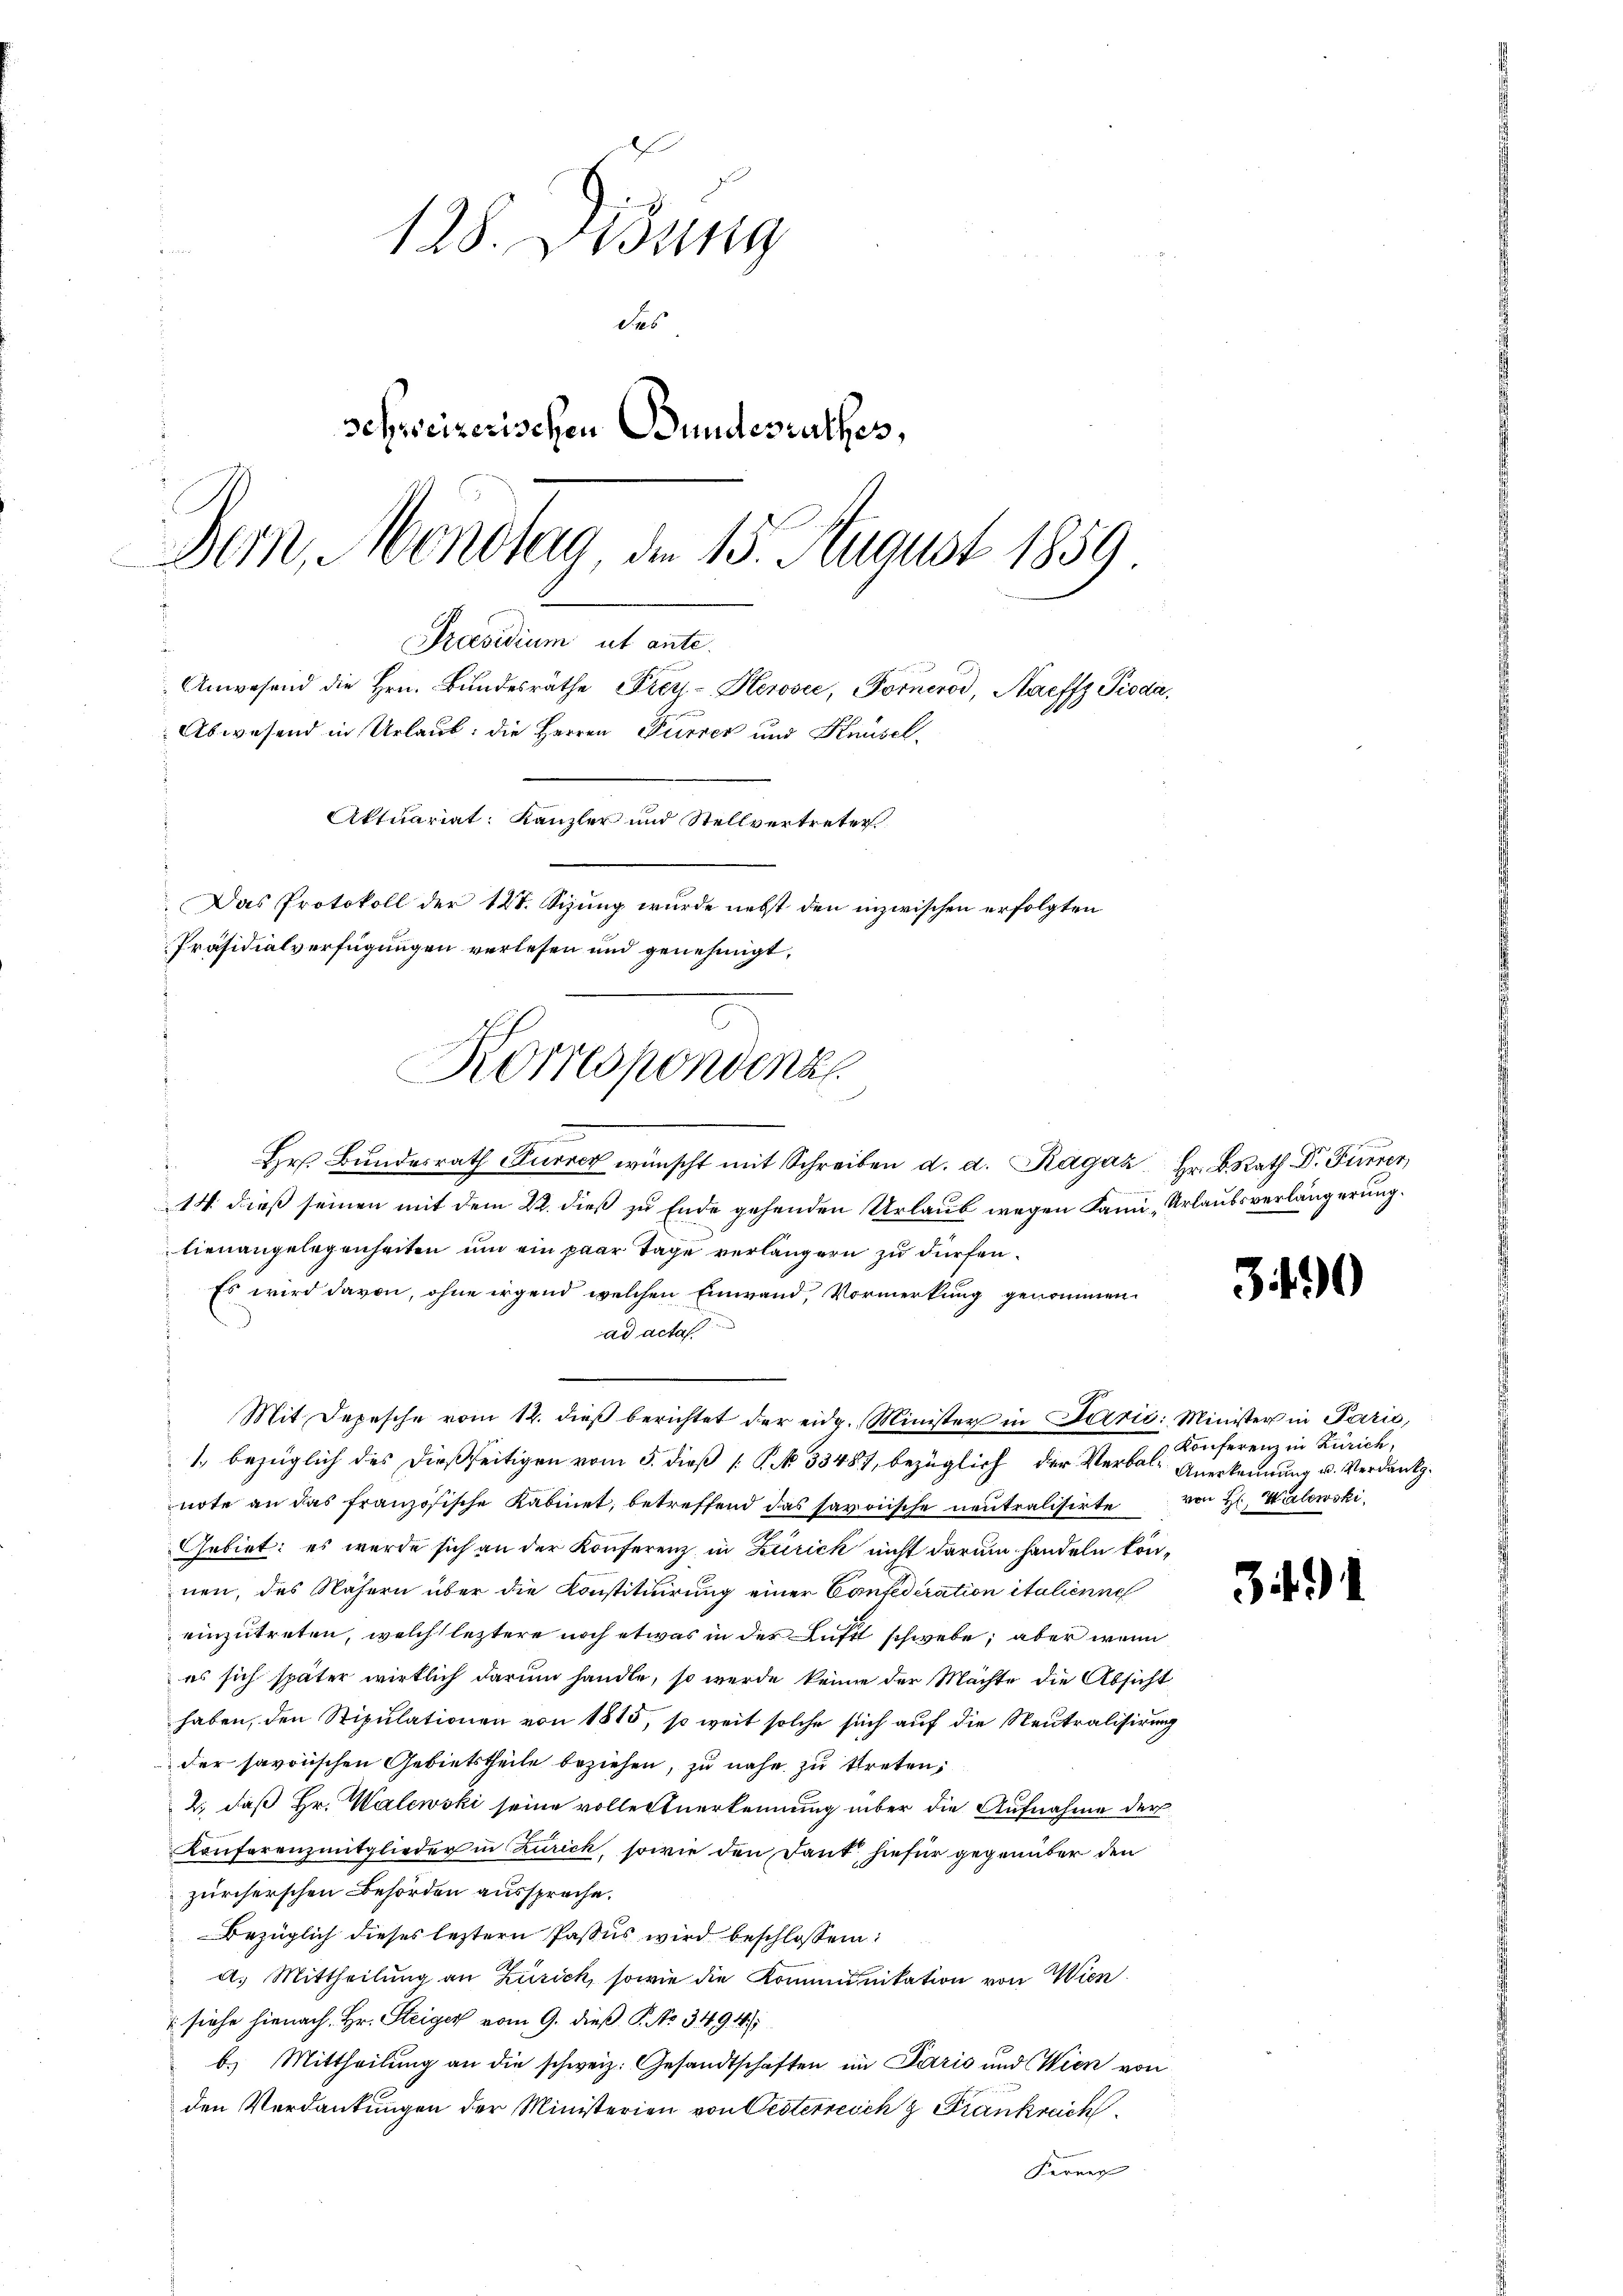
128. Lesung
des
schweizerischen Bundesrathes,
Bern, Montag, den 15. August 1859

Korrespondenz

Praesidium ut ante.
Anwesend die Hrn. Bundesräthe Prey-Herović, Fornerod, Naeffz Pioda,
Abwesend in Urlaub: die Herren Furres und Knüsel.
Aktuariat: Kanzler und Stellvertreter
Das Protokoll der 121. Sizung wurde nebst den inzwischen erfolgten
Präsidialverfügungen verlesen und genehmigt,

Hr. Bundesrath Furrer wünscht mit Schreiben d. d. Ragaz Hr. B. Rath Dr Furrer
14. dieß seinen mit dem 22. dieß zu Ende gehenden Urlaub wegen Fami-Urlaubsverlängerung.
lienangelegenheiten um ein paar Tage verlängern zu dürfen.
Es wird davon, ohne irgend welchen Einwand, Vormerkung genommen
ad actas
1. bezüglich des dießseitigen vom 5. dieß P. Nr. 33487, bezüglich der Verbal- Anerkennung u. Verdanknote an das französische Kabinet, betreffend das savoische neutralisirte von Hr. Walewski
Gebiet: es wurde sich an der Konferenz in Zürick nicht darum handeln können, das Nähern über die Konstituirung einer Confederation italienne
einzutreten, welch leztere noch etwas in der Luft schwebe, aber wenn
es sich später wirklich darum handle, so werde keine der Machte die Absicht
haben, den Stipulationen von 1815, so weit solche sich auf die Neutralisirung
der savonischen Gebietstheile beziehen, zu nahe zu treten,
2., daß Hr. Walewski seine volles tuerkennung über die Aufnahme der
Konferenzmitglieder in Zürich, sowie den Dant, hiefür gegenüber den
zürcherschen Behörden ausspreche.
Bezüglich dieses leztern Passus wird beschlossen:
a. Mittheilung an Zürich, sowie die Kommunikation von Wien.
 siehe hienach Hr. Steiger vom 9. dieß P. No. 349. 41
b.) Mittheilung an die schweiz. Gesandtschaften im Paris und Wien von
den Verdankungen der Ministerien von Oesterreich z. Frankreich
Ferner

Mit Depesche vom 12. dieß berichtet der eidg. Minister in Terrić: Minister in Paris,

3.

4

Konferenz in Zürich,

341